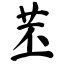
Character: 苤